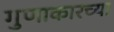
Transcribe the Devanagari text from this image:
गुणाकारच्या